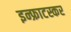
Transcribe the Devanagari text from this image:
इन्फ्राटस्कर